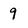
Character: 9